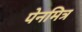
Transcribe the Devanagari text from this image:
पेनमित्र